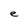
Character: e